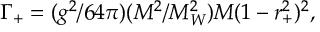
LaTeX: \Gamma _ { + } = ( g ^ { 2 } / 6 4 \pi ) ( M ^ { 2 } / M _ { W } ^ { 2 } ) M ( 1 - r _ { + } ^ { 2 } ) ^ { 2 } ,